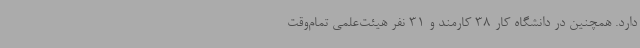
دارد. همچنین در دانشگاه کار 38 کارمند و 31 نفر هیئت‌علمی تمام‌وقت